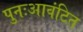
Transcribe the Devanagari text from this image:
पुनःआवंटित